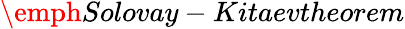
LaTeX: \emph{Solovay-Kitaevtheorem}